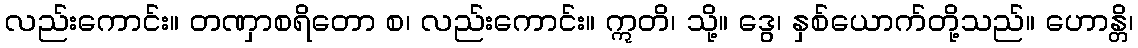
လည်းကောင်း။ တဏှာစရိတော စ၊ လည်းကောင်း။ ဣတိ၊ သို့။ ဒွေ၊ နှစ်ယောက်တို့သည်။ ဟောန္တိ၊